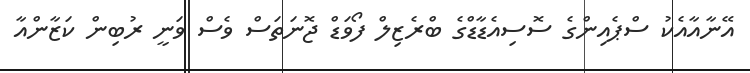
އޭނާއާއެކު ސްޕެއިންގެ ސޮސިއެޑާޑްގެ ބްރެޒިލް ފޯވަޑް ޖޮނަތަސް ވެސް ވަނީ ރުބިން ކަޒާންއާ